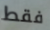
فقط